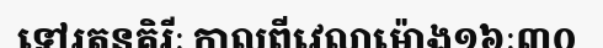
ទៅរតនគិរីៈ កាលពីវេលាម៉ោង១៦ៈ៣០